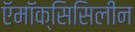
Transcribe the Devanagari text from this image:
ऍमॉक्सिसिलीन